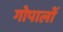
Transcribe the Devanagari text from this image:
गोपालों